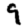
Digit: 9